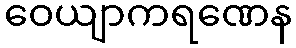
ဝေယျာကရဏေန